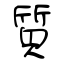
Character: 質